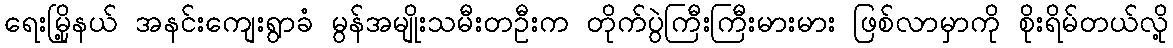
ရေးမြို့နယ် အနင်းကျေးရွာခံ မွန်အမျိုးသမီးတဦးက တိုက်ပွဲကြီးကြီးမားမား ဖြစ်လာမှာကို စိုးရိမ်တယ်လို့